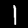
Label: 1